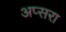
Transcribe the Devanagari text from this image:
अप्‍सरा